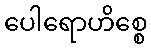
ပေါရောဟိစ္စေ